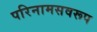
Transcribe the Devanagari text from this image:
परिनामसवरूप